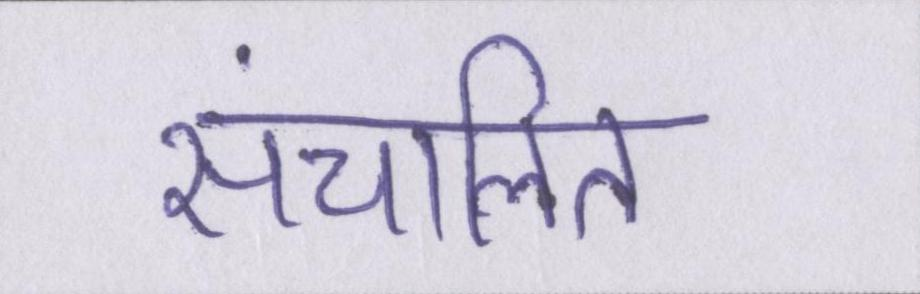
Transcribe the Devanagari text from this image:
संचालित